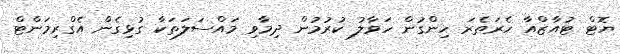
ޔޮޓް ޓުއާޒްއާ ހެރަތެރަ ހިންގުން ހަވާލު ކުރުމުން ދިމާވި މައްސަލަތަކާ ގުޅިގެން އެގްރިމަންޓް